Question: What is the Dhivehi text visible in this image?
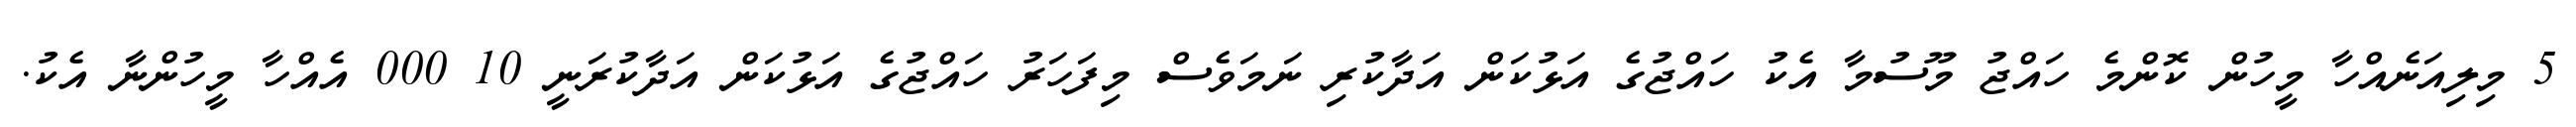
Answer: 5 މިލިއަނެއްހާ މީހުން ކޮންމެ ހައްޖު މޫސުމާ އެކު ހައްޖުގެ އަޅުކަން އަދާކުރި ނަމަވެސް މިފަހަރު ހައްޖުގެ އަޅުކަން އަދާކުރަނީ 10 000 އެއްހާ މީހުންނާ އެކު.